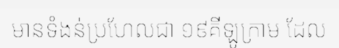
មានទំងន់ប្រហែលជា ១៩គីឡូក្រាម ដែល